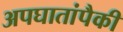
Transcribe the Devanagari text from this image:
अपघातांपैकी